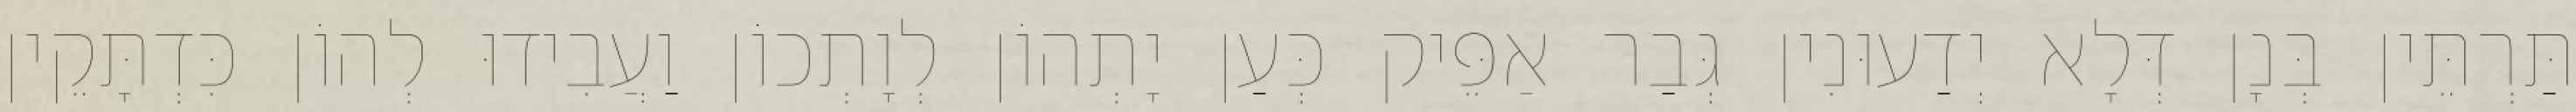
תַּרְתֵּין בְּנָן דְּלָא יְדַעוּנִין גְּבַר אַפֵּיק כְּעַן יָתְהוֹן לְוָתְכוֹן וַעֲבִידוּ לְהוֹן כִּדְתָּקֵין